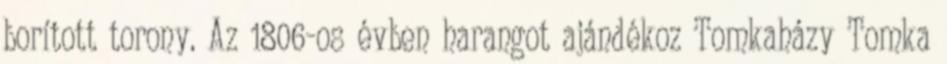
borított torony. Az 1806-os évben harangot ajándékoz Tomkaházy Tomka